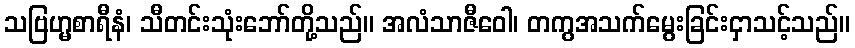
သဗြဟ္မစာရီနံ၊ သီတင်းသုံးဘော်တို့သည်။ အလံသာဇီဝေါ၊ တကွအသက်မွေးခြင်းငှာသင့်သည်။